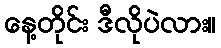
နေ့တိုင်း ဒီလိုပဲလား။